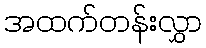
အထက်တန်းလွှာ